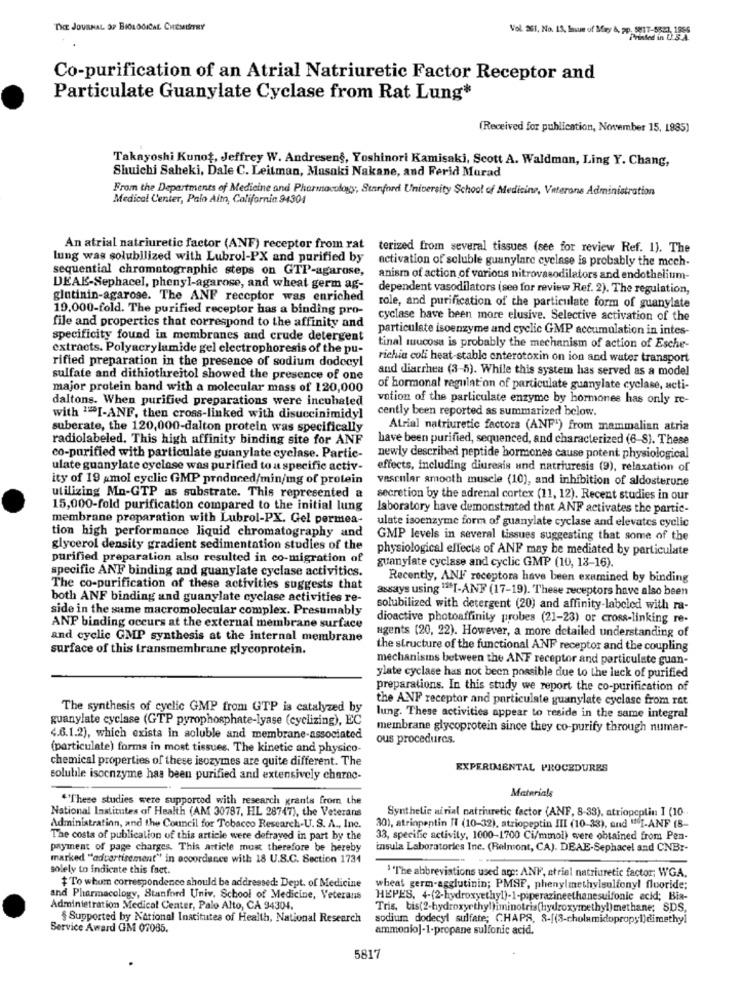
THE JOURNAL OF BIOLOGICAL CHEMISTRY
Vol. 261, No. 15, Issue of May A, pp. 5817-5523, 196
Co-purification of an Atrial Natriuretic Factor Receptor and
Particulate Guanylate Cyclase from Rat Lung*
(Received for publication, November 15, 1885)
Takayoshi Kunot, Jeffrey W. Andresen§, Yoshinori Kamisaki, Scott A. Waldman, Ling Y. Chang,
Shuichi Saheki, Dale C. Leitman, Masaki Nakane, and Ferid Murad
From the Departments of Medicine and Pharmacology, Stanford University School of Medicine, Veterans Administration
Medical Center, Pain Alto, California 94304
An atrial natriuretic factor (ANF) receptor from rat
terized from several tissues (see for review Ref. 1). The
lung was solubilized with Lubrol-PX and purified by
activation of soluble guanylare cyclase is probably the mech-
sequential chromatographic steps on GTP-agarose,
anism of action of various nitrovasodilators and endothelium-
DEAK-Sephacel, phenyl-agarose, and wheat germ ag-
dependent vasodilators (see for review Ref. 2). The regulation,
glutinin-agarose. The ANF receptor was enriched
19.000-fold. The purified receptor has a binding pro-
role, and purification of the particulate form of guanylate
cyclase have been more elusive. Selective activation of the
file and properties that correspond to the affinity and
particulate isoenzyme and cyclic GMP accumulation in intes-
specificity found in membranes and crude detergent
extracts. Polyacrylamide gel electrophoresis of the pu-
tinal mucosa is probably the mechanism of action of Esche-
rifted preparation in the presence of sodium dodecyl
richia coli heat-stable enterotoxin on ion and water transport
and diarrhea (3-5). While this system has served as a model
sulfate and dithiothreitol showed the presence of one
major protein band with a molecular mass of 120,000
of hormonal regulation of particulate guanylate cyclase, acti-
daltons. When purified preparations were incubated
vation of the particulate enzyme by hormones has only re-
cently been reported as summarized below.
with 1=I-ANF, then cross-linked with disuccinimidyl
suberate, the 120,000-dalton protein was specifically
Atrial natriuretic factors (ANF") from mammalian atria
radiolabeled. This high affinity binding site for ANF
have been purified, sequenced, and characterized (6-8). These
co-purified with particulate guanylate cyclase. Partic-
newly described peptide hormones cause potent physiological
ulate guany late eyelase was purified to a specific activ-
effects, including diureais und natriuresis (9), relaxation of
ity of 19 amol cyclic GMP produced/min/mg of protein
vascular smooth muscle (10), and inhibition of aldosterone
utilizing Mn-GTP as substrate. This represented a
secretion by the adrenal cortex (11, 12). Recent studies in our
15,000-fold purification compared to the initial lung
laboratory have demonstrated that ANF activates the partic-
membrane preparation with Lubrol-PX. Gel permea-
ulate isoenzyme form of guanylate cyclase and elevates cyclic
tion high performance liquid chromatography and
GMP levels in several tissues suggesting that some of the
glycerol density gradient sedimentation studies of the
physiological effects of ANF may be mediated by particulate
purified preparation also resulted in co-migration of
guanylate cyclase and cyclic GMP (10, 13-16).
specific ANF binding and guanylate cyclase activities.
Recently, ANF receptora have been examined by binding
The co-purification of these activities suggests that
assays using "SI-ANF (17-19). These receptors have also been
both ANF binding and guanylate cyclase activities re-
side in the same macromolecular complex. Presumably
solubilized with detergent (20) and affinity-labeled with ra-
dioactive photoaffinity probes (21-23) or cross-linking re-
ANP binding occurs at the external membrane surface
and cyclic GMP synthesis at the internal membrane
agents (20, 22). However, a more detailed understanding of
surface of this transmembrane glycoprotein.
the structure of the functional ANF receptor and the coupling
mechanisms between the ANF receptor and particulate guan-
ylate cyclase has not been possible due to the luck of purified
preparations. In this study we report the co-purification of
the ANF receptor and particulate guanylate cyclase from rat
The synthesis of cyclic GMP from GTP is catalyzed by
guanylate cyclase (GTP pyrophosphate-lyase (cyclizing), EC
lung. These activities appear to reside in the same integral
membrane glycoprotein since they co-purify through numer-
4.6.1.2), which exists in soluble and membrane-associated
ous procedures.
(particulate) forma in most tissues. The kinetic and physico-
chemical properties of these isozymes are quite different. The
EXPERIMENTAL PROCEDURES
soluble isocnzyme has been purified and extensively charac-
Materials
"These studies were supported with research grants from the
National Institutes of Health (AM 30787, HL 28747), the Veterans
Synthetic nirial natriuretic factor (ANF, 8-33), atriopeplin I (10-
Administration, and the Council for Tobacco Research-U. S. A ., Inc.
30), atrinpentin JI (10-32), atriopeptin III (10-33), and "I-ANF (8-
The costs of publication of this article were defraved in part by the
33, specific activity, 1000-1700 Ci/mmol) were obtained from Pen-
payment of page charges. This article must therefore be hereby
insula Laboratories Inc. (Belmont, CA). DEAE-Sephace! and CNBr-
marked "advertisement" in accordance with 18 U.S.C. Section 1734
solely to indicate this fact.
1"The abbreviations used are: ANF, atrial natriuretic factor; WGA.
$ To whom correspondence should be addressed: Dept. of Medicine
wheat germ-agglutinin; PMSP, phenylmethylsulfonyl fluoride;
and Pharmacology, Stanford Univ. School of Medicine, Veterans
HEPES, 4-(2-hydroxyethyl)-I-piperazineethanesulfonic acid; Bia-
Administration Medical Center, Palo Alto, CA 94304.
Tris, bis(2-hydroxyethyl)iminotris(hydroxymethyl)methane; SDS,
§ Supported by National Institutes of Health, National Research
sodium dodecyl sulfate; CHAPS, 8-[(3-cholamidopropyl)dimethyl
Service Award GM 07085.
ammonio]-1-propane sulfonic acid.
5817